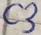
Text: C3